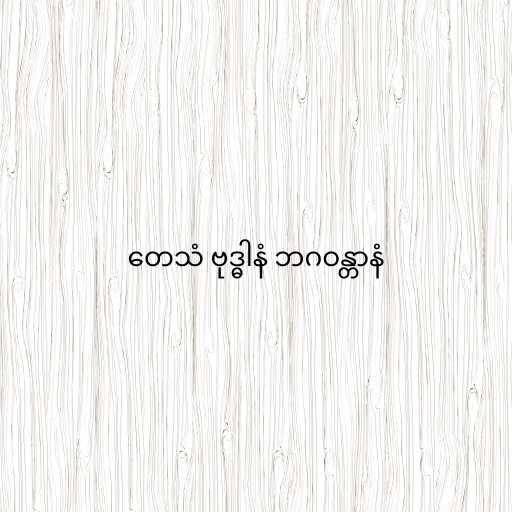
တေသံ ဗုဒ္ဓါနံ ဘဂဝန္တာနံ